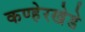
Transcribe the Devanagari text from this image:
कण्हेरखेडे